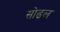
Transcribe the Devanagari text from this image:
सोढल